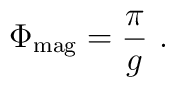
\Phi_{\rm mag}= \frac{\pi}{g} \ .